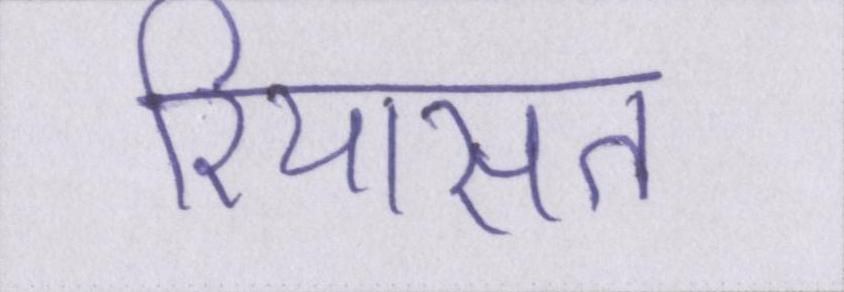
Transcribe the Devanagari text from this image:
रियासत